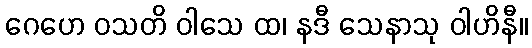
ဂေဟေ ဝသတိ ဝါသေ ထ၊ နဒီ သေနာသု ဝါဟိနီ။